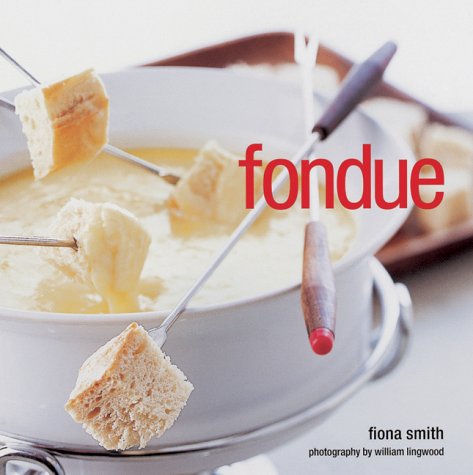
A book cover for Fondue; Fiona Smith; Cookbooks, Food & Wine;